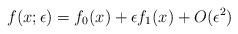
LaTeX: \begin{align*} f(x;\epsilon) = f_0(x) + \epsilon f_1(x) + O(\epsilon^2)\end{align*}